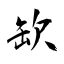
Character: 缼